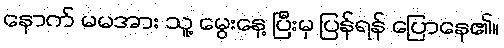
နောက် မမအား သူ့ မွေးနေ့ ပြီးမှ ပြန်ရန် ပြောနေ၏။